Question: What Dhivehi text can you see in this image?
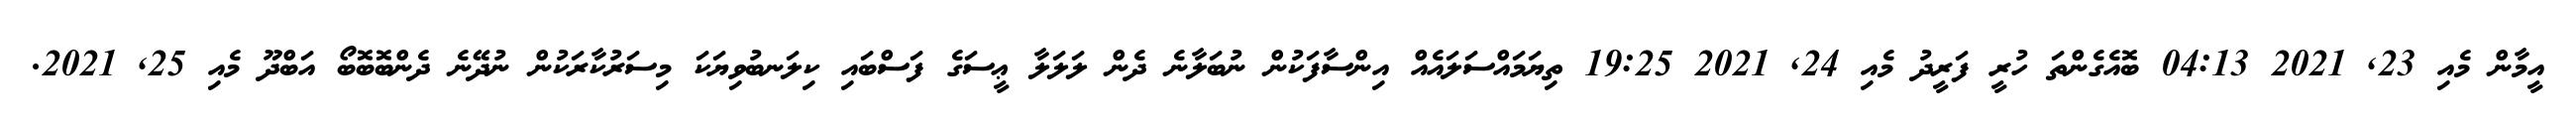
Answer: އީމާން މެއި 23, 2021 04:13 ބޮއެގެންތަ ހުރީ ފަރީދު މެއި 24, 2021 19:25 ތިޔަމައްސަލައެއް އިންސާފަކުން ނުބަލާނެ ދެން ލަލަލާ ޢީސަގެ ފަސްބައި ކިލަނބުވިޔަކަ މިސަރުކާރަކުން ނުދޭނެ ދެންބޮބޮބޯ އަބްދޫ މެއި 25, 2021.